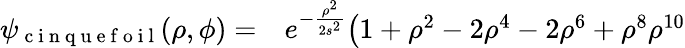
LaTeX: \begin{array}{rl}{\psi_{\mathrm{~c~i~n~q~u~e~f~o~i~l~}}(\rho,\phi)=}&{{}e^{-\frac{\rho^{2}}{2s^{2}}}\bigr(1+\rho^{2}-2\rho^{4}-2\rho^{6}+\rho^{8}\rho^{10}}\end{array}